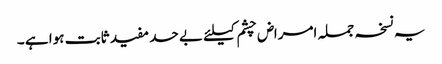
یہ نسخہ جملہ امراض چشم کیلئے بے حد مفید ثابت ہوا ہے ۔